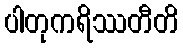
ပါတုကရိဿတီတိ